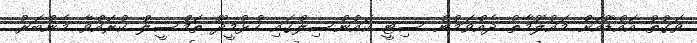
ވަގުތު އައްޑޫއަށް މައުލޫމާތު ދެއްވަމުން ސިޓީ ކައުންސިލްގައި ހުޅުމީދޫ ތަމްސީލް ކުރައްވާ މެންބަރު